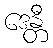
ဒေန္တီ